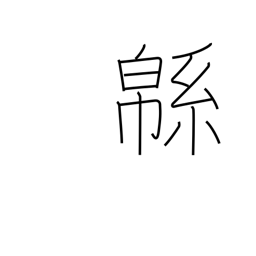
Meaning: cotton